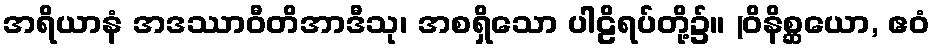
အရိယာနံ အဒဿာဝီတိအာဒီသု၊ အစရှိသော ပါဠိရပ်တို့၌။ (ဝိနိစ္ဆယော, ဧဝံ